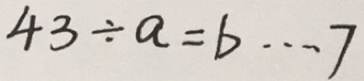
4 3 \div a = b \cdots 7